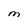
Character: M